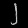
Digit: ၂